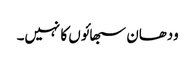
ودھان سبھائوں کا نہیں۔